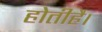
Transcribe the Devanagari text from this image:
होतीहै।